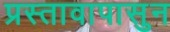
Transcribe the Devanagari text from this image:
प्रस्तावापासुन